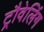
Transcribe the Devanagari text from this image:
ट्रौवेलिंग